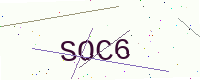
Text: SOC6